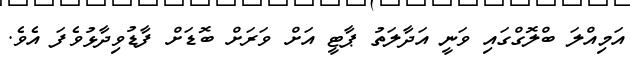
އަމިއްލަ ބްލޮގްގައި ވަނީ އަދާލަތު ޕާޓީ އަށް ވަރަށް ބޮޑަށް ފާޑުވިދާޅުވެފަ އެވެ.